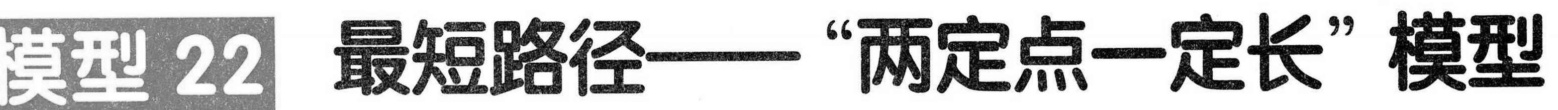
模型 22 最短路径——“两定点一定长”模型